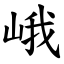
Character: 峨